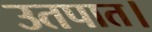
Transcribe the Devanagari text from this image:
उतपात।